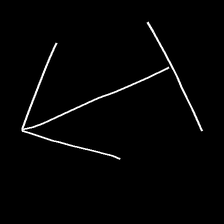
Glyph: levitation